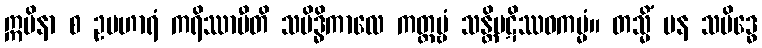
ဣမိနာ စ ဥပဟာရံ ကရိဿာမီတိ သမိဒ္ဓိကာလေ ကတ္တဗ္ဗံ သန္တိပဋိဿဝကမ္မံ။ တသ္မိံ ပန သမိဒ္ဓေ